Report of veterinary surgeon J.H. Steel, A.V.D., on his investigation into an obscure and fatal disease among transport mules in British Burma
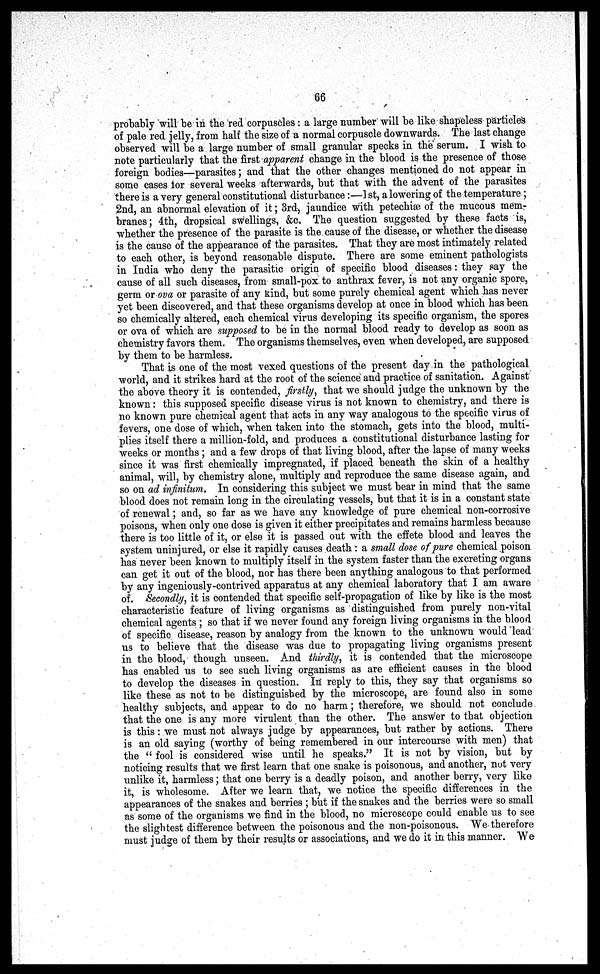
66
probably will be in the red corpuscles: a large number will be like shapeless particles
of pale red jelly, from half the size of a normal corpuscle downwards. The last change
observed will be a large number of small granular specks in the serum. I wish to
note particularly that the first apparent change in the blood is the presence of those
foreign bodies—parasites; and that the other changes mentioned do not appear in
some cases for several weeks afterwards, but that with the advent of the parasites
there is a very general constitutional disturbance:—1 st, a lowering of the temperature ;
2nd, an abnormal elevation of it; 3rd, jaundice with petechiae of the mucous mem-
branes; 4th, dropsical swellings, &c. The question suggested by these facts is,
whether the presence of the parasite is the cause of the disease, or whether the disease
is the cause of the appearance of the parasites. That they are most intimately related
to each other, is beyond reasonable dispute. There are some eminent pathologists
in India who deny the parasitic origin of specific blood diseases: they say the
cause of all such diseases, from small-pox to anthrax fever, is not any organic spore,
germ or ova or parasite of any kind, but some purely chemical agent which has never
yet been discovered, and that these organisms develop at once in blood which has been
so chemically altered, each chemical virus developing its specific organism, the spores
or ova of which are supposed to be in the normal blood ready to develop as soon as
chemistry favors them. The organisms themselves, even when developed, are supposed
by them to be harmless.
That is one of the most vexed questions of the present day in the pathological
world, and it strikes hard at the root of the science and practice of sanitation. Against
the above theory it is contended, firstly', that we should judge the unknown by the
known: this supposed specific disease virus is not known to chemistry, and there is
no known pure chemical agent that acts in any way analogous to the specific virus of
fevers, one dose of which, when taken into the stomach, gets into the blood, multi-
plies itself there a million-fold, and produces a constitutional disturbance lasting for
weeks or months ; and a few drops of that living blood, after the lapse of many weeks
since it was first chemically impregnated, if placed beneath the skin of a healthy
animal, will, by chemistry alone, multiply and reproduce the same disease again, and
so on ad infinitum. In considering this subject we must bear in mind that the same
blood does not remain long in the circulating vessels, but that it is in a constant state
of renewal; and, so far as we have any knowledge of pure chemical non-corrosive
poisons, when only one dose is given it either precipitates and remains harmless because
there is too little of it, or else it is passed out with the effete blood and leaves the
system uninjured, or else it rapidly causes death : a small dose of pure chemical poison
has never been known to multiply itself in the system faster than the excreting organs
can get it out of the blood, nor has there been anything analogous to that performed
by any ingeniously-contrived apparatus at any chemical laboratory that I am aware
of. Secondly, it is contended that specific self-propagation of like by like is the most
characteristic feature of living organisms as distinguished from purely non-vital
chemical agents; so that if we never found any foreign living organisms in the blood
of specific disease, reason by analogy from the known to the unknown would lead
us to believe that the disease was due to propagating living organisms present
in the blood, though unseen. And thirdly, it is contended that the microscope
has enabled us to see such living organisms as are efficient causes in the blood
to develop the diseases in question. In reply to this, they say that organisms so
like these as not to be distinguished by the microscope, are found also in some
healthy subjects, and appear to do no harm; therefore, we should not conclude
that the one is any more virulent than the other. The answer to that objection
is this: we must not always judge by appearances, but rather by actions. There
is an old saying (worthy of being remembered in our intercourse with men) that
the " fool is considered wise until he speaks." It is not by vision, but by
noticing results that we first learn that one snake is poisonous, and another, not very
unlike it, harmless; that one berry is a deadly poison, and another berry, very like
it, is wholesome. After we learn that, we notice the specific differences in the
appearances of the snakes and berries ; but if the snakes and the berries were so small
as some of the organisms we find in the blood, no microscope could enable us to see
the slightest difference between the poisonous and the non-poisonous. We therefore
must judge of them by their results or associations, and we do it in this manner. We